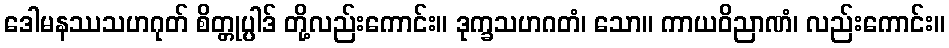
ဒေါမနဿသဟဂုတ် စိတ္တုပ္ပါဒ် တို့လည်းကောင်း။ ဒုက္ခသဟဂတံ၊ သော။ ကာယဝိညာဏံ၊ လည်းကောင်း။